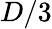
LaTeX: D/3